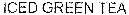
ICED GREEN TEA